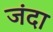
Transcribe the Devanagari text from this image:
जंदा